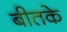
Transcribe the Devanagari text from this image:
बीतके